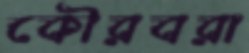
কৌরবরা